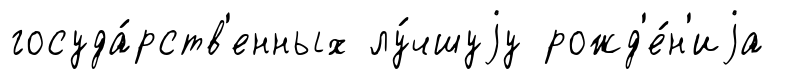
госуда́рств'енных лу́чшуjу рожд'е́н'иjа